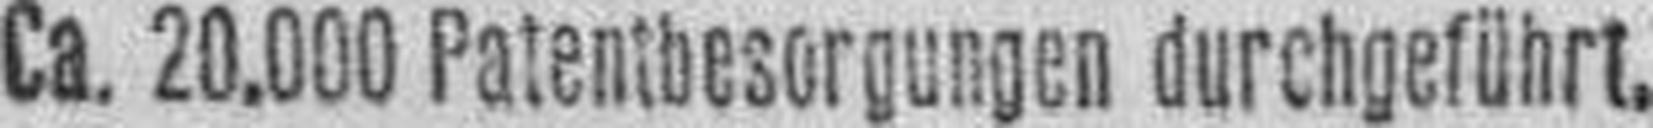
Ca. 20.000 Patentbesorgungen durchgeführt.